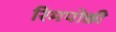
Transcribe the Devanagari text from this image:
रिमपोछी